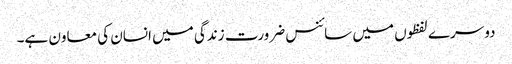
دوسرے لفظوں میں سائنس ضرورت زندگی میں انسان کی معاون ہے۔